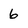
Character: 6